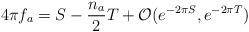
\begin{align*}4\pi f_a =S -\frac{n_a}{2} T + {\cal O}(e^{-2\pi S},e^{-2\pi T})\end{align*}